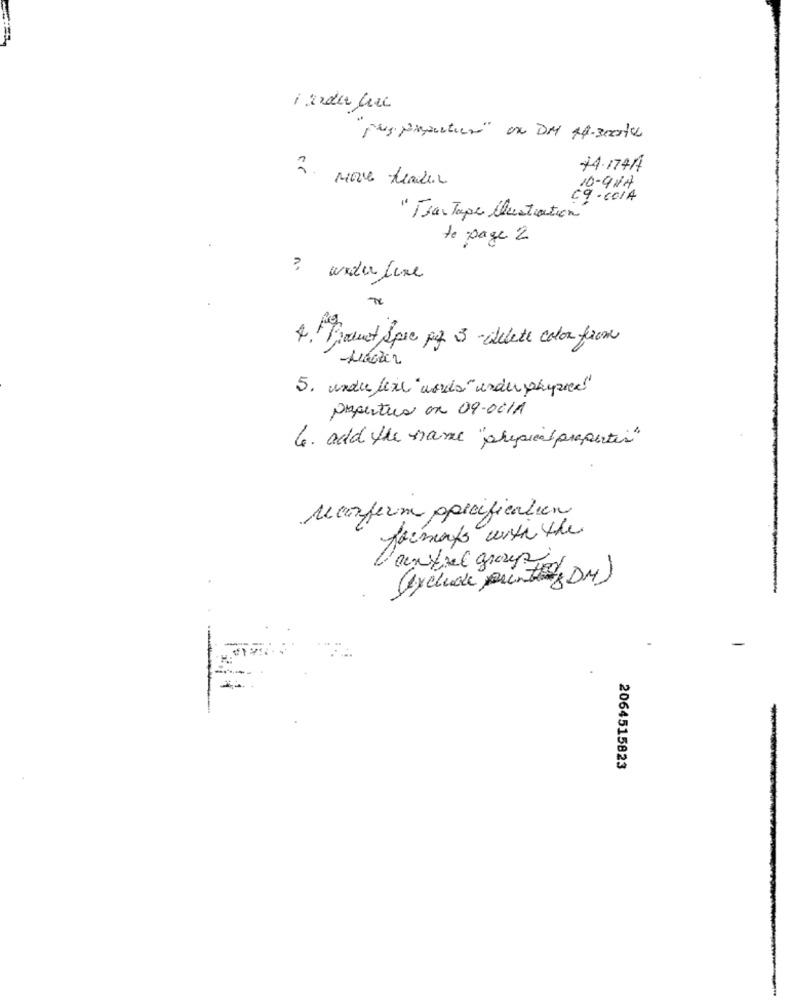
74.174A
2. Move Leader
10-9 NA
69-COIA
"TranTape Ilustration"
de page 2
no
4. Product Spec pq 3 -delete color from
5. under leie "words"ender physik"
papertua ox 09-02/1
4. add the name "physical properties"
Marferm specification
formato with the
(exclude punti DM)
-
2064515823